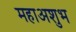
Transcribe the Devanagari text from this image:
महाअशुभ